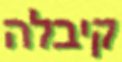
קיבלה